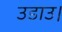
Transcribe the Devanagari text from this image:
उडाउ।